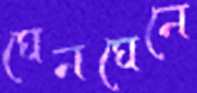
ঘেনঘেনে